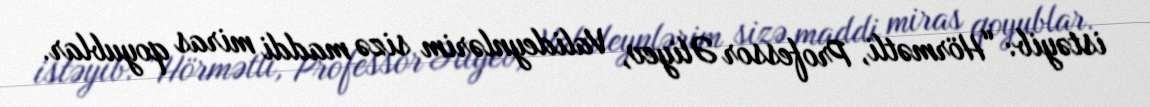
istəyib: “Hörmətli, Professor Əliyev, Valideynlərim sizə maddi miras qoyublar.